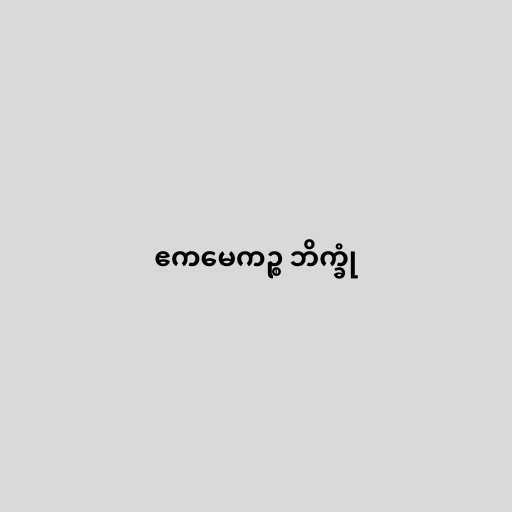
ဧကမေကဉ္စ ဘိက္ခုံ